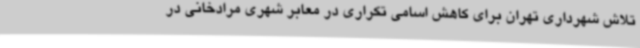
تلاش شهرداری تهران برای کاهش اسامی تکراری در معابر شهری مرادخانی در